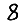
Digit: 8